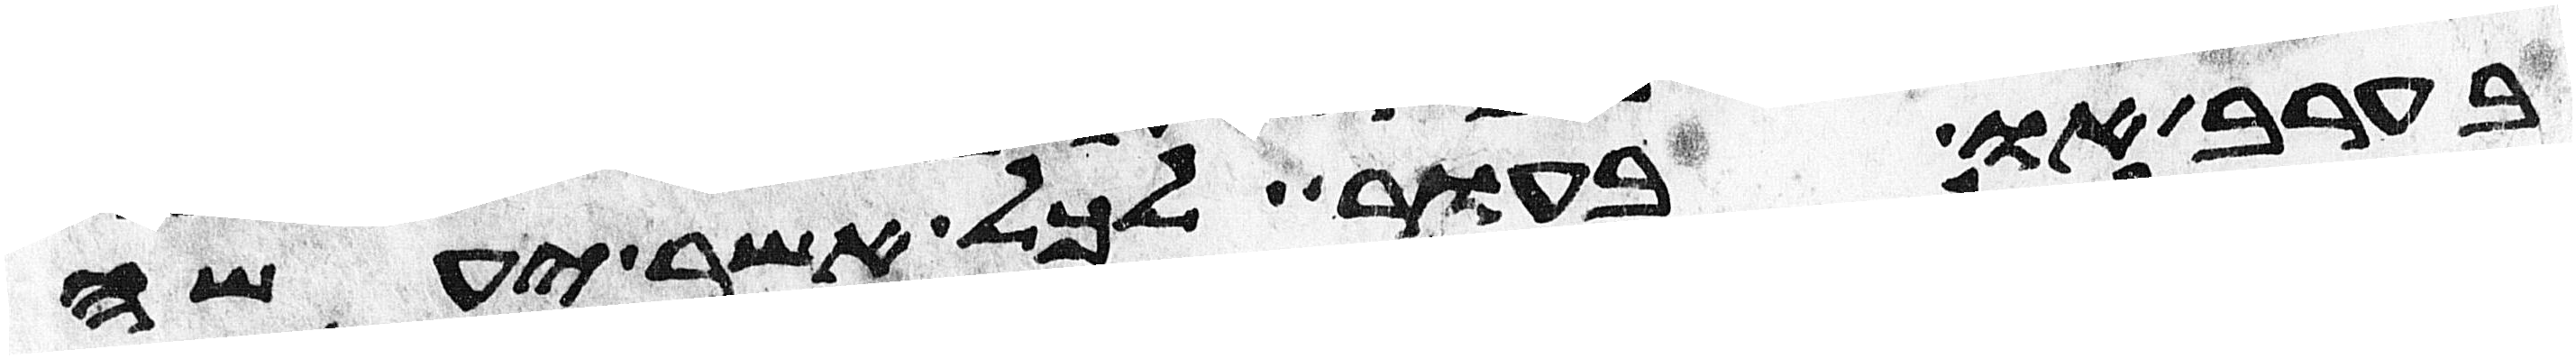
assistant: בערב או בעור לכל אשר יעשה